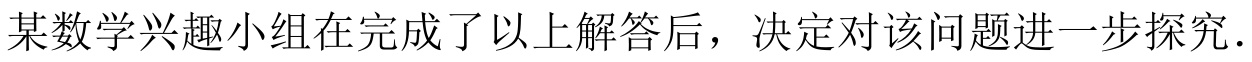
某数学兴趣小组在完成了以上解答后，决定对该问题进一步探究．